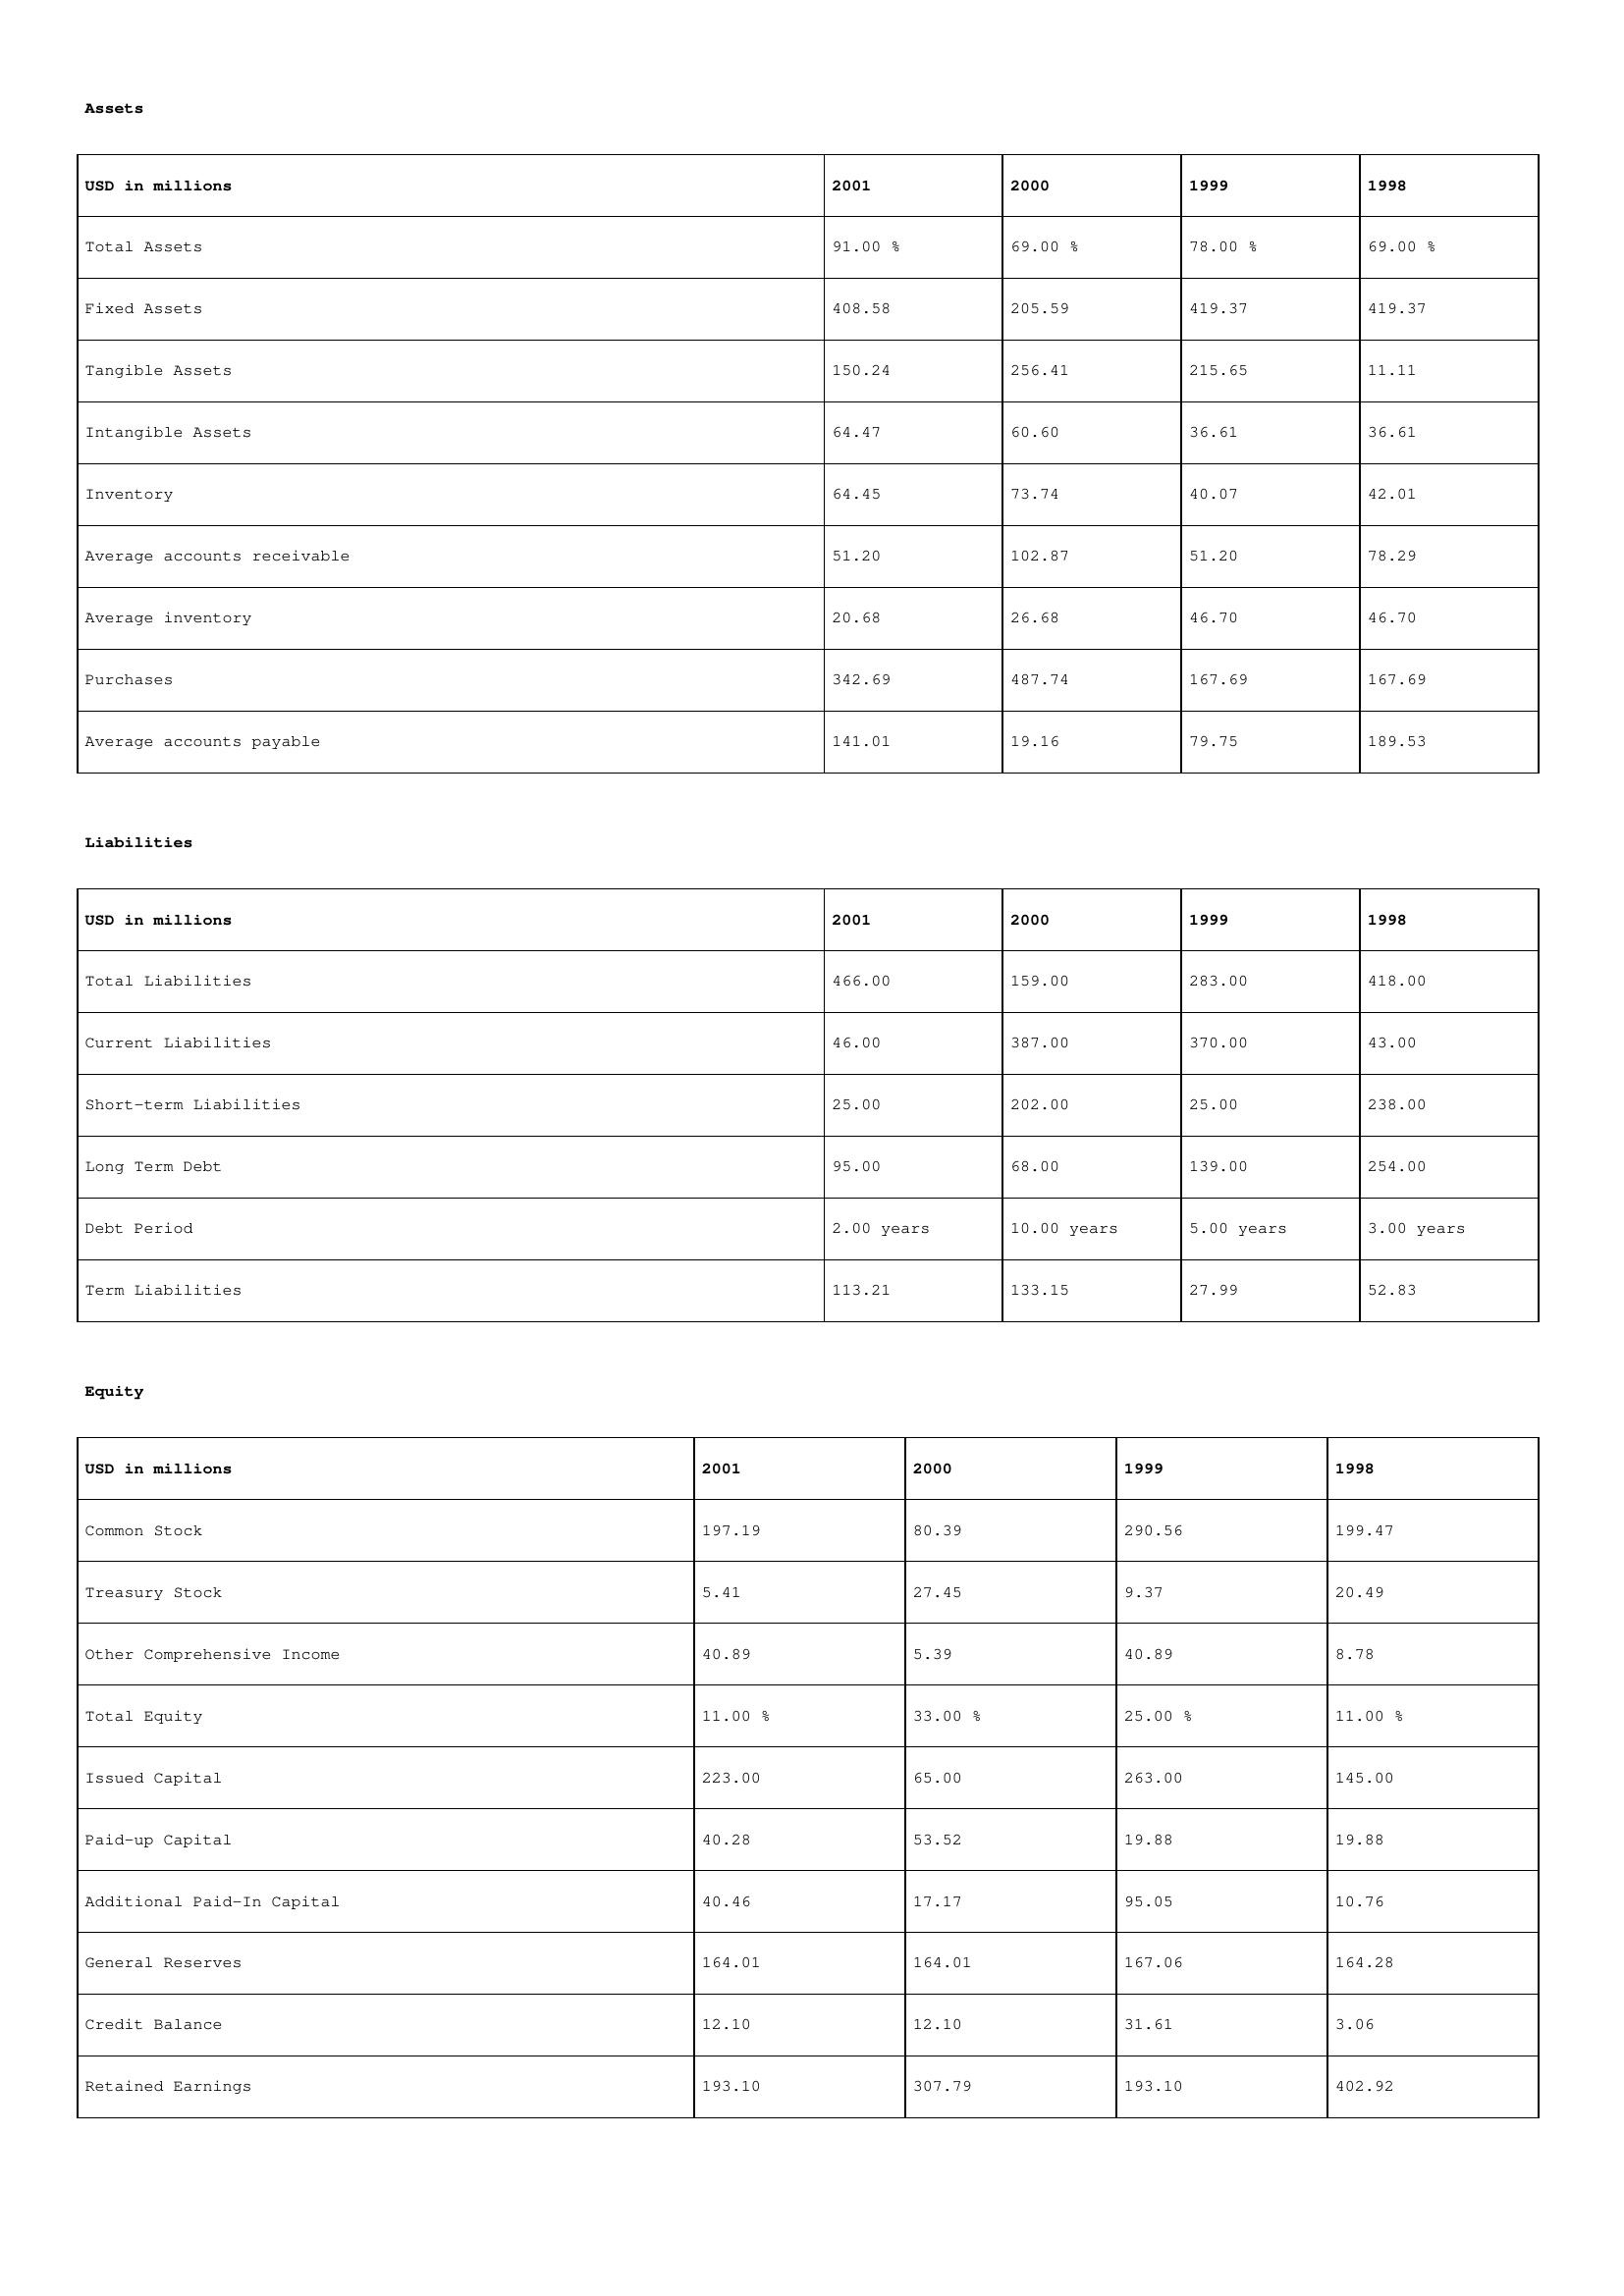
gt_parse: 2001: Assets: Total Assets: 91.00 %
Fixed Assets: 408.58
Tangible Assets: 150.24
Intangible Assets: 64.47
Inventory: 64.45
Average accounts receivable: 51.20
Average inventory: 20.68
Purchases: 342.69
Average accounts payable: 141.01
Liabilities: Total Liabilities: 466.00
Current Liabilities: 46.00
Short-term Liabilities: 25.00
Long Term Debt: 95.00
Debt Period: 2.00 years
Term Liabilities: 113.21
Equity: Common Stock: 197.19
Treasury Stock: 5.41
Other Comprehensive Income: 40.89
Total Equity: 11.00 %
Issued Capital: 223.00
Paid-up Capital: 40.28
Additional Paid-In Capital: 40.46
General Reserves: 164.01
Credit Balance: 12.10
Retained Earnings: 193.10
2000: Assets: Total Assets: 69.00 %
Fixed Assets: 205.59
Tangible Assets: 256.41
Intangible Assets: 60.60
Inventory: 73.74
Average accounts receivable: 102.87
Average inventory: 26.68
Purchases: 487.74
Average accounts payable: 19.16
Liabilities: Total Liabilities: 159.00
Current Liabilities: 387.00
Short-term Liabilities: 202.00
Long Term Debt: 68.00
Debt Period: 10.00 years
Term Liabilities: 133.15
Equity: Common Stock: 80.39
Treasury Stock: 27.45
Other Comprehensive Income: 5.39
Total Equity: 33.00 %
Issued Capital: 65.00
Paid-up Capital: 53.52
Additional Paid-In Capital: 17.17
General Reserves: 164.01
Credit Balance: 12.10
Retained Earnings: 307.79
1999: Assets: Total Assets: 78.00 %
Fixed Assets: 419.37
Tangible Assets: 215.65
Intangible Assets: 36.61
Inventory: 40.07
Average accounts receivable: 51.20
Average inventory: 46.70
Purchases: 167.69
Average accounts payable: 79.75
Liabilities: Total Liabilities: 283.00
Current Liabilities: 370.00
Short-term Liabilities: 25.00
Long Term Debt: 139.00
Debt Period: 5.00 years
Term Liabilities: 27.99
Equity: Common Stock: 290.56
Treasury Stock: 9.37
Other Comprehensive Income: 40.89
Total Equity: 25.00 %
Issued Capital: 263.00
Paid-up Capital: 19.88
Additional Paid-In Capital: 95.05
General Reserves: 167.06
Credit Balance: 31.61
Retained Earnings: 193.10
1998: Assets: Total Assets: 69.00 %
Fixed Assets: 419.37
Tangible Assets: 11.11
Intangible Assets: 36.61
Inventory: 42.01
Average accounts receivable: 78.29
Average inventory: 46.70
Purchases: 167.69
Average accounts payable: 189.53
Liabilities: Total Liabilities: 418.00
Current Liabilities: 43.00
Short-term Liabilities: 238.00
Long Term Debt: 254.00
Debt Period: 3.00 years
Term Liabilities: 52.83
Equity: Common Stock: 199.47
Treasury Stock: 20.49
Other Comprehensive Income: 8.78
Total Equity: 11.00 %
Issued Capital: 145.00
Paid-up Capital: 19.88
Additional Paid-In Capital: 10.76
General Reserves: 164.28
Credit Balance: 3.06
Retained Earnings: 402.92